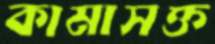
কামাসক্ত